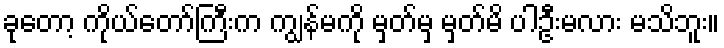
ခုတော့ ကိုယ်တော်ကြီးက ကျွန်မကို မှတ်မှ မှတ်မိ ပါဦးမလား မသိဘူး။